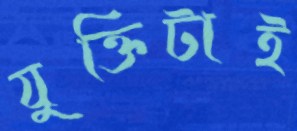
যুক্তিটাই